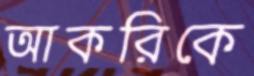
আকরিকে